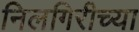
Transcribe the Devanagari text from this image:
निलगिरीच्‍या